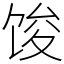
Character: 馂